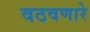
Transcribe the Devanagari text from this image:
वठवणारे